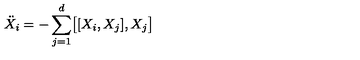
{ \ddot { X } _ { i } } = - \sum _ { j = 1 } ^ { d } \bigl [ [ X _ { i } , X _ { j } ] , X _ { j } \bigr ]